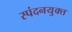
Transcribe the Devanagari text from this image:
स्पंदनयुक्त